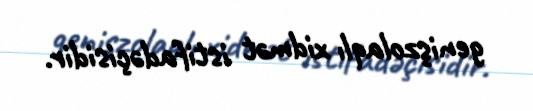
genişzolaqlı xidmət istifadəçisidir.